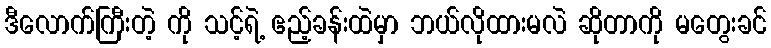
ဒီလောက်ကြီးတဲ့ ကို သင့်ရဲ့ ဧည့်ခန်းထဲမှာ ဘယ်လိုထားမလဲ ဆိုတာကို မတွေးခင်